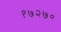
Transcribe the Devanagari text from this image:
१७२७०